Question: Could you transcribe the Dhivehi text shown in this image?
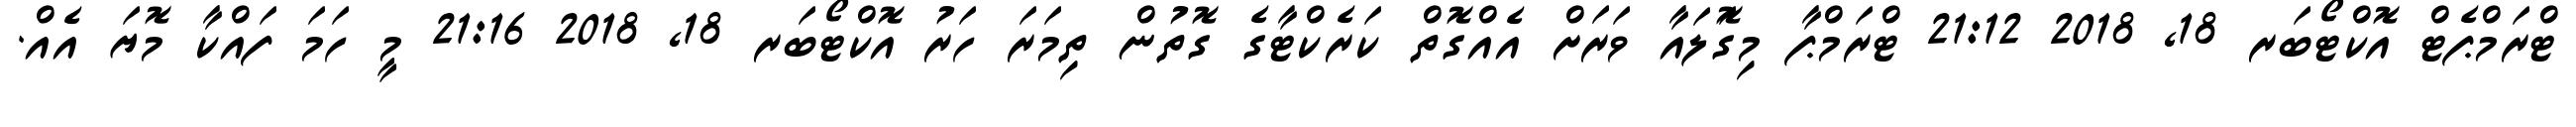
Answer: ޓްރަމްޕެޓް އޮކްޓޯބަރ 18, 2018 21:12 ޓްރަމްޕާ މިގޮަލައާ ވަރަށް އެއްގޮތް ކަރެކްޓާގެ ގޮތުން ތިމަރަ ހަރު އޮކްޓޯބަރ 18, 2018 21:16 މީ ހަމަ ފައްކާ މޮޔަ އެއް.